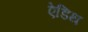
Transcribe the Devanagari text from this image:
ऐडिथ